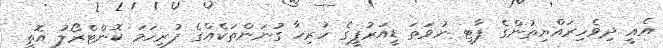
އެއީ ދިވެހިރައްޔިތުންގެ ޕާޓީ ނުވަތަ ޑީއަރުޕީގެ ހުރިހާ ގުނަންތަކެއްގެ ފުރިހަމަ ކޮންޓްރޯލު އޮތީ